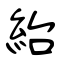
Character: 紿